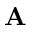
{ \bf A }